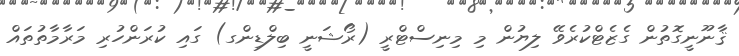
ޤާނޫނީގޮތުން ގެޒެޓްކުރެވޭ ލިޔުން މި މިނިސްޓްރީ (ރޯޝަނީ ބިލްޑިންގ) ގައި ކުރަންހުރި މަރާމާތުތައް